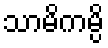
သာမိကမ္ပိ